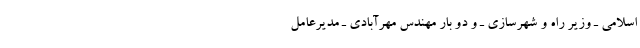
اسلامی ـ وزیر راه و شهرسازی ـ و دو بار مهندس مهرآبادی ـ مدیرعامل